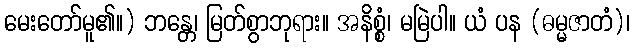
မေးတော်မူ၏။) ဘန္တေ၊ မြတ်စွာဘုရား။ အနိစ္စံ၊ မမြဲပါ။ ယံ ပန (ဓမ္မဇာတံ)၊